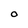
Character: O